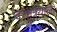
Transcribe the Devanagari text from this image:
दत्तात्रेयाला